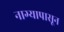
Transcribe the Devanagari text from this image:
नाग्यापासून